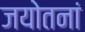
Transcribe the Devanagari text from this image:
जयोतनां